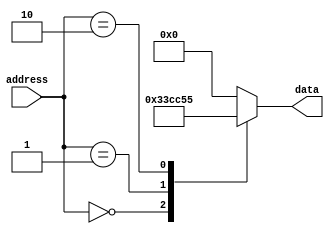
module fuse_rom (
    input wire [7:0] address,
    output reg [7:0] data
);

// Example data pattern stored in the fuse ROM
parameter DATA_PATTERN = 8'b01010101;

// Fuse ROM memory blocks with fixed data patterns
reg [7:0] mem_block_0 = 8'b00110011;
reg [7:0] mem_block_1 = 8'b11001100;
reg [7:0] mem_block_2 = DATA_PATTERN;

// Control logic to select specific memory blocks based on the address
always @(*) begin
    case(address)
        3'h0: data = mem_block_0;
        3'h1: data = mem_block_1;
        3'h2: data = mem_block_2;
        default: data = 8'b00000000; // Default value if address is not in range
    endcase
end

endmodule